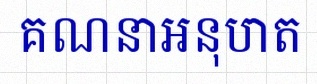
គណនាអនុបាត